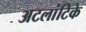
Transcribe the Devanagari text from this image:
अटलांटिके